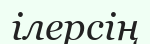
ілерсің